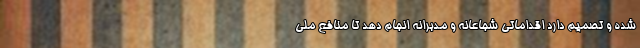
شده و تصمیم دارد اقداماتی شجاعانه و مدبرانه انجام دهد تا منافع ملی